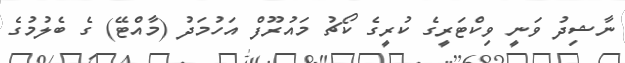
ނާޝިދު ވަނީ ވިކްޓަރީގެ ކުރީގެ ކޯޗު މައުރޫފް އަހުމަދު (މާއްޓޭ) ގެ ބެލުމުގެ